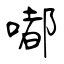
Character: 嘟